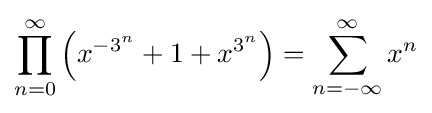
\prod _{n=0}^{\infty }\left(x^{-3^{n}}+1+x^{3^{n}}\right)=\sum _{n=-\infty }^{\infty }x^{n}